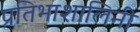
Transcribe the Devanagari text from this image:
प्रतिभाशालिनी